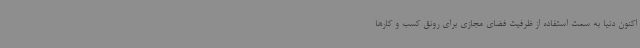
اکنون دنیا به سمت استفاده از ظرفیت فضای مجازی برای رونق کسب و کارها